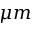
\mu m